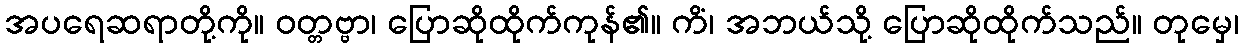
အပရေဆရာတို့ကို။ ဝတ္တဗ္ဗာ၊ ပြောဆိုထိုက်ကုန်၏။ ကိံ၊ အဘယ်သို့ ပြောဆိုထိုက်သည်။ တုမှေ၊